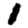
Digit: 1